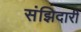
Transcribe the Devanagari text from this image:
संझिदारी